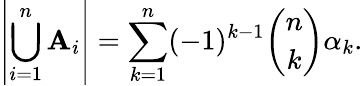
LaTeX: \left|\bigcup_{i=1}^{n}\mathbf{A}_{i}\right|=\sum_{k=1}^{n}(-1)^{k-1}{\binom{n}{k}}\alpha_{k}.